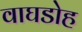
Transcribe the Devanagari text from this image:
वाघडोह